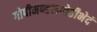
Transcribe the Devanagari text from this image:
गोपीमण्डलगोष्ठीभेदं